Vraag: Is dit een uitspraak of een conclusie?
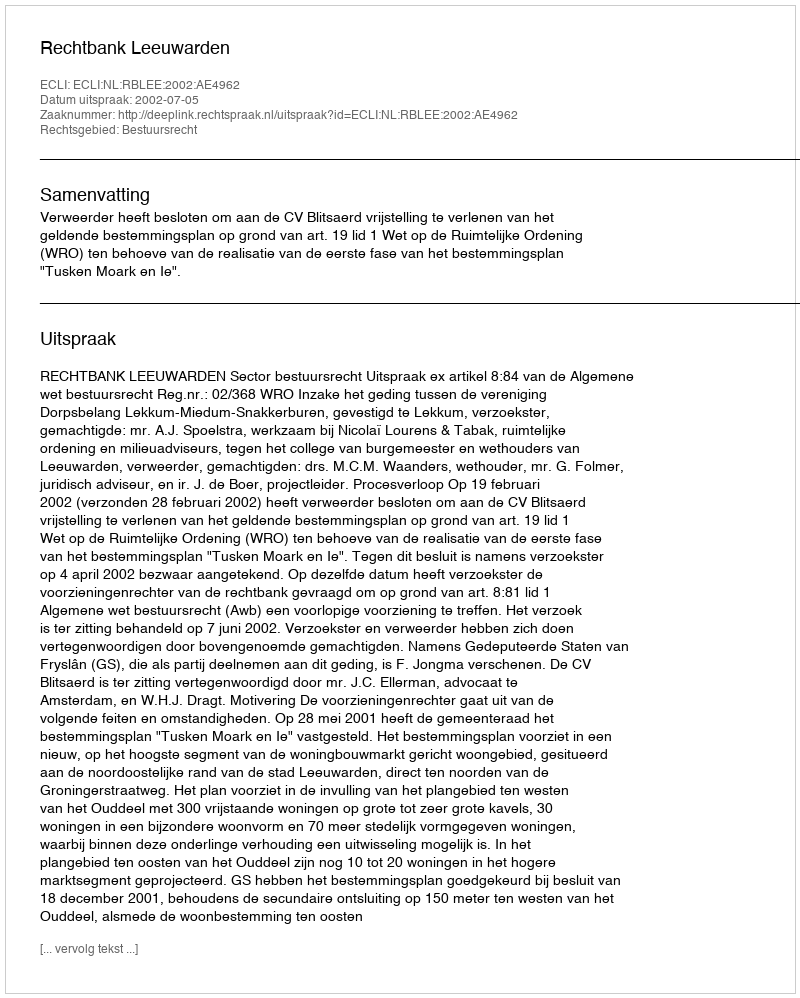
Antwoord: Uitspraak